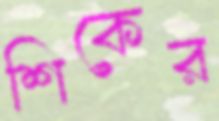
শিকের